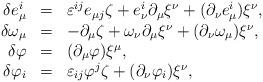
LaTeX: \begin{align*}\begin{array}{rcl} \delta e^i_\mu&=&\varepsilon^{ij}e_{\mu j}\zeta+ e^i_\nu\partial_\mu\xi^\nu+(\partial_\nu e^i_\mu)\xi^\nu,\\ \delta\omega_\mu&=&-\partial_\mu\zeta+ \omega_\nu\partial_\mu\xi^\nu+(\partial_\nu \omega_\mu)\xi^\nu,\\ \delta\varphi&=&(\partial_\mu\varphi)\xi^\mu,\\ \delta\varphi_i&=&\varepsilon_{ij}\varphi^j\zeta+ (\partial_\nu\varphi_i)\xi^\nu,\end{array}\end{align*}